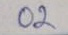
02